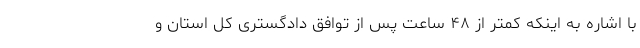
با اشاره به اینکه کمتر از ۴۸ ساعت پس از توافق دادگستری کل استان و